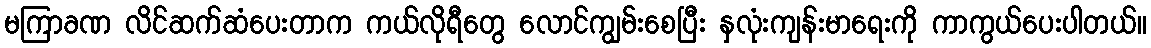
မကြာခဏ လိင်ဆက်ဆံပေးတာက ကယ်လိုရီတွေ လောင်ကျွမ်းစေပြီး နှလုံးကျန်းမာရေးကို ကာကွယ်ပေးပါတယ်။